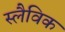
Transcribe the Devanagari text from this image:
स्लैविक